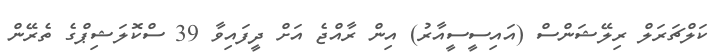
ކަލްޗަރަލް ރިލޭޝަންސް (އައިސީސީއާރު) އިން ރާއްޖެ އަށް ދީފައިވާ 39 ސްކޮލަޝިޕްގެ ތެރޭން